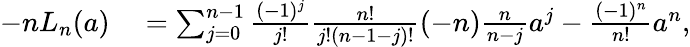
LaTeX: \begin{array}{rl}{-nL_{n}(a)}&{{}=\sum_{j=0}^{n-1}\frac{(-1)^{j}}{j!}\frac{n!}{j!(n-1-j)!}(-n)\frac{n}{n-j}a^{j}-\frac{(-1)^{n}}{n!}a^{n},}\end{array}